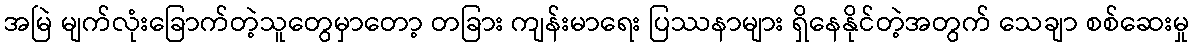
အမြဲ မျက်လုံးခြောက်တဲ့သူတွေမှာတော့ တခြား ကျန်းမာရေး ပြဿနာများ ရှိနေနိုင်တဲ့အတွက် သေချာ စစ်ဆေးမှု